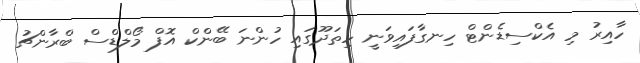
ހާއިރު މި އެކްސިޑެންޓް ހިނގާފައިވަނީ ހިތަދޫގައި ހުންނަ ބޭންކް އޮފް މޯލްޑްސް ބްރާންޗު